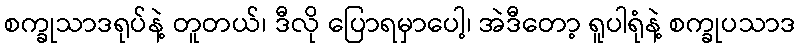
စက္ခုသာဒရုပ်နဲ့ တူတယ်၊ ဒီလို ပြောရမှာပေါ့၊ အဲဒီတော့ ရူပါရုံနဲ့ စက္ခုပသာဒ